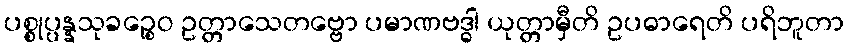
ပစ္စုပ္ပန္နသုခဉ္စေဝ ဥတ္တာသေတဗ္ဗော ပမာဏဗဒ္ဓါ ယုတ္တာမှီတိ ဥပဓာရေတိ ပရိဘူတာ